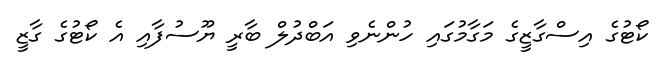
ކޯޓުގެ އިސްގާޒީގެ މަގާމުގައި ހުންނެވި އަބްދުލް ބާރީ ޔޫސުފާއި އެ ކޯޓުގެ ގާޒީ